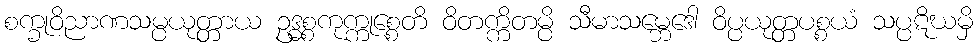
စက္ခုဝိညာဏသမ္ပယုတ္တာယ ဥဒ္ဓစ္စကုက္ကုစ္စေတိ ဝိတက္ကိတမ္ပိ သီမာသမ္ဘေဒေါ ဝိပ္ပယုတ္တပစ္စယံ သပ္ပဋိဃမှိ